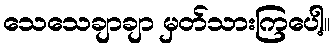
သေသေချာချာ မှတ်သားကြပေါ့။